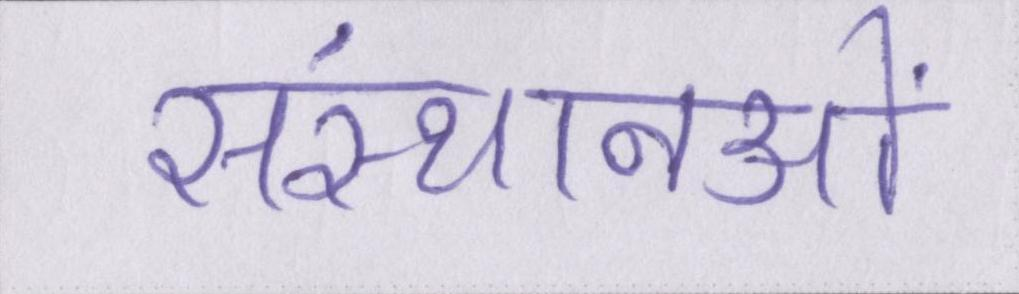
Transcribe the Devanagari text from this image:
संस्थानओं